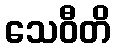
သေဝီတိ